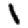
Digit: 1